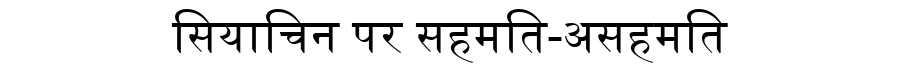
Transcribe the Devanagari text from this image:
सियाचिन पर सहमति-असहमति